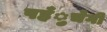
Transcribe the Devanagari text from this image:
पहँुचेगी